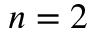
n = 2